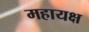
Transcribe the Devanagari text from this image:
महायक्ष